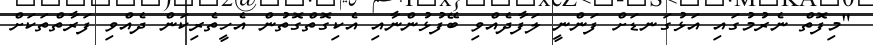
"މިފޮތް ނެރުމުގައި އަޅުގަނޑަށް ފަންނީ ލަފާދެއްވި ބޭފުޅުންނާއި އެކިގޮތްގޮތުން އެހީތެރިކަން ދެއްވި ފަރާތްތަކަށް